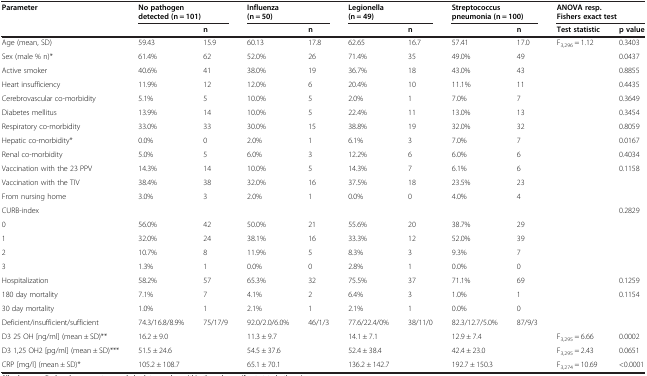
<table><thead><tr><td><b>Parameter</b></td><td colspan="2"><b>No pathogen detected (n = 101)</b></td><td colspan="2"><b>Influenza (n = 50)</b></td><td colspan="2"><b>Legionella (n = 49)</b></td><td colspan="2"><b>Streptococcus pneumonia (n = 100)</b></td><td colspan="2"><b>ANOVA resp. Fishers exact test</b></td></tr><tr><td><b> </b></td><td><b> </b></td><td><b>n</b></td><td><b> </b></td><td><b>n</b></td><td><b> </b></td><td><b>n</b></td><td><b> </b></td><td><b>n</b></td><td><b>Test statistic</b></td><td><b>p value</b></td></tr></thead><tbody><tr><td>Age (mean, SD)</td><td>59.43</td><td>15.9</td><td>60.13</td><td>17.8</td><td>62.65</td><td>16.7</td><td>57.41</td><td>17.0</td><td>F<sub>3,296</sub> = 1.12</td><td>0.3403</td></tr><tr><td>Sex (male % n)*</td><td>61.4%</td><td>62</td><td>52.0%</td><td>26</td><td>71.4%</td><td>35</td><td>49.0%</td><td>49</td><td> </td><td>0.0437</td></tr><tr><td>Active smoker</td><td>40.6%</td><td>41</td><td>38.0%</td><td>19</td><td>36.7%</td><td>18</td><td>43.0%</td><td>43</td><td> </td><td>0.8855</td></tr><tr><td>Heart insufficiency</td><td>11.9%</td><td>12</td><td>12.0%</td><td>6</td><td>20.4%</td><td>10</td><td>11.1%</td><td>11</td><td> </td><td>0.4435</td></tr><tr><td>Cerebrovascular co-morbidity</td><td>5.1%</td><td>5</td><td>10.0%</td><td>5</td><td>2.0%</td><td>1</td><td>7.0%</td><td>7</td><td> </td><td>0.3649</td></tr><tr><td>Diabetes mellitus</td><td>13.9%</td><td>14</td><td>10.0%</td><td>5</td><td>22.4%</td><td>11</td><td>13.0%</td><td>13</td><td> </td><td>0.3454</td></tr><tr><td>Respiratory co-morbidity</td><td>33.0%</td><td>33</td><td>30.0%</td><td>15</td><td>38.8%</td><td>19</td><td>32.0%</td><td>32</td><td> </td><td>0.8059</td></tr><tr><td>Hepatic co-morbidity*</td><td>0.0%</td><td>0</td><td>2.0%</td><td>1</td><td>6.1%</td><td>3</td><td>7.0%</td><td>7</td><td> </td><td>0.0167</td></tr><tr><td>Renal co-morbidity</td><td>5.0%</td><td>5</td><td>6.0%</td><td>3</td><td>12.2%</td><td>6</td><td>6.0%</td><td>6</td><td> </td><td>0.4034</td></tr><tr><td>Vaccination with the 23 PPV</td><td>14.3%</td><td>14</td><td>10.0%</td><td>5</td><td>14.3%</td><td>7</td><td>6.1%</td><td>6</td><td> </td><td>0.1158</td></tr><tr><td>Vaccination with the TIV</td><td>38.4%</td><td>38</td><td>32.0%</td><td>16</td><td>37.5%</td><td>18</td><td>23.5%</td><td>23</td><td> </td><td> </td></tr><tr><td>From nursing home</td><td>3.0%</td><td>3</td><td>2.0%</td><td>1</td><td>0.0%</td><td>0</td><td>4.0%</td><td>4</td><td> </td><td> </td></tr><tr><td>CURB-index</td><td> </td><td> </td><td> </td><td> </td><td> </td><td> </td><td> </td><td> </td><td> </td><td>0.2829</td></tr><tr><td>0</td><td>56.0%</td><td>42</td><td>50.0%</td><td>21</td><td>55.6%</td><td>20</td><td>38.7%</td><td>29</td><td> </td><td> </td></tr><tr><td>1</td><td>32.0%</td><td>24</td><td>38.1%</td><td>16</td><td>33.3%</td><td>12</td><td>52.0%</td><td>39</td><td> </td><td> </td></tr><tr><td>2</td><td>10.7%</td><td>8</td><td>11.9%</td><td>5</td><td>8.3%</td><td>3</td><td>9.3%</td><td>7</td><td> </td><td> </td></tr><tr><td>3</td><td>1.3%</td><td>1</td><td>0.0%</td><td>0</td><td>2.8%</td><td>1</td><td>0.0%</td><td>0</td><td> </td><td> </td></tr><tr><td>Hospitalization</td><td>58.2%</td><td>57</td><td>65.3%</td><td>32</td><td>75.5%</td><td>37</td><td>71.1%</td><td>69</td><td> </td><td>0.1259</td></tr><tr><td>180 day mortality</td><td>7.1%</td><td>7</td><td>4.1%</td><td>2</td><td>6.4%</td><td>3</td><td>1.0%</td><td>1</td><td> </td><td>0.1154</td></tr><tr><td>30 day mortality</td><td>1.0%</td><td>1</td><td>2.1%</td><td>1</td><td>2.1%</td><td>1</td><td>0.0%</td><td>0</td><td> </td><td> </td></tr><tr><td>Deficient/insufficient/sufficient</td><td>74.3/16.8/8.9%</td><td>75/17/9</td><td>92.0/2.0/6.0%</td><td>46/1/3</td><td>77.6/22.4/0%</td><td>38/11/0</td><td>82.3/12.7/5.0%</td><td>87/9/3</td><td> </td><td> </td></tr><tr><td>D3 25 OH [ng/ml] (mean ± SD)**</td><td colspan="2">16.2 ± 9.0</td><td colspan="2">11.3 ± 9.7</td><td colspan="2">14.1 ± 7.1</td><td colspan="2">12.9 ± 7.4</td><td>F<sub>3,295</sub> = 6.66</td><td>0.0002</td></tr><tr><td>D3 1,25 OH2 [pg/ml] (mean ± SD)***</td><td colspan="2">51.5 ± 24.6</td><td colspan="2">54.5 ± 37.6</td><td colspan="2">52.4 ± 38.4</td><td colspan="2">42.4 ± 23.0</td><td>F<sub>3,295</sub> = 2.43</td><td>0.0651</td></tr><tr><td>CRP [mg/l] (mean ± SD)*</td><td colspan="2">105.2 ± 108.7</td><td colspan="2">65.1 ± 70.1</td><td colspan="2">136.2 ± 142.7</td><td colspan="2">192.7 ± 150.3</td><td>F<sub>3,274</sub> = 10.69</td><td>&lt;0.0001</td></tr></tbody></table>